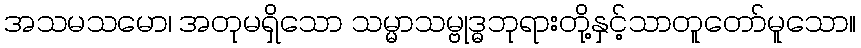
အသမသမော၊ အတုမရှိသော သမ္မာသမ္ဗုဒ္ဓဘုရားတို့နှင့်သာတူတော်မူသော။